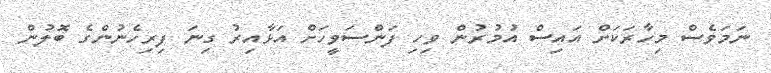
ނަމަވެސް މިހާރަކަށް އައިސް އުމުރުން ވިހި ފަންސަވީހަށް އަޅާއިރު ގިނަ ފިރިހެނުންގެ ބޮލުން